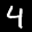
Label: 4